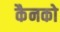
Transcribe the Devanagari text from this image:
कैनको